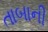
તાબાની